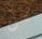
هل